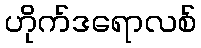
ဟိုက်ဒရောလစ်